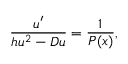
\frac { u ^ { \prime } } { h u ^ { 2 } - D u } = \frac { 1 } { P ( x ) } ,